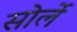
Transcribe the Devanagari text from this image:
सोर्ले